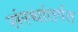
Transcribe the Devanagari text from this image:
संस्थांतर्गत